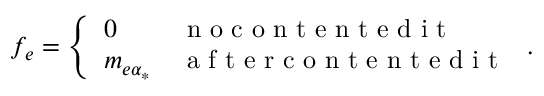
f _ { e } = \left\{ \begin{array} { l l } { 0 } & { \mathrm { ~ n ~ o ~ c ~ o ~ n ~ t ~ e ~ n ~ t ~ e ~ d ~ i ~ t ~ } } \\ { m _ { e \alpha _ { * } } } & { \mathrm { ~ a ~ f ~ t ~ e ~ r ~ c ~ o ~ n ~ t ~ e ~ n ~ t ~ e ~ d ~ i ~ t ~ } } \end{array} \right. .